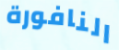
النافورة